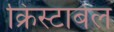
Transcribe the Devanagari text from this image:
क्रिस्टाबेल